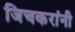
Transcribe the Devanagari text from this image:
जिचकरांनी